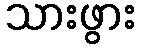
သားဖွား